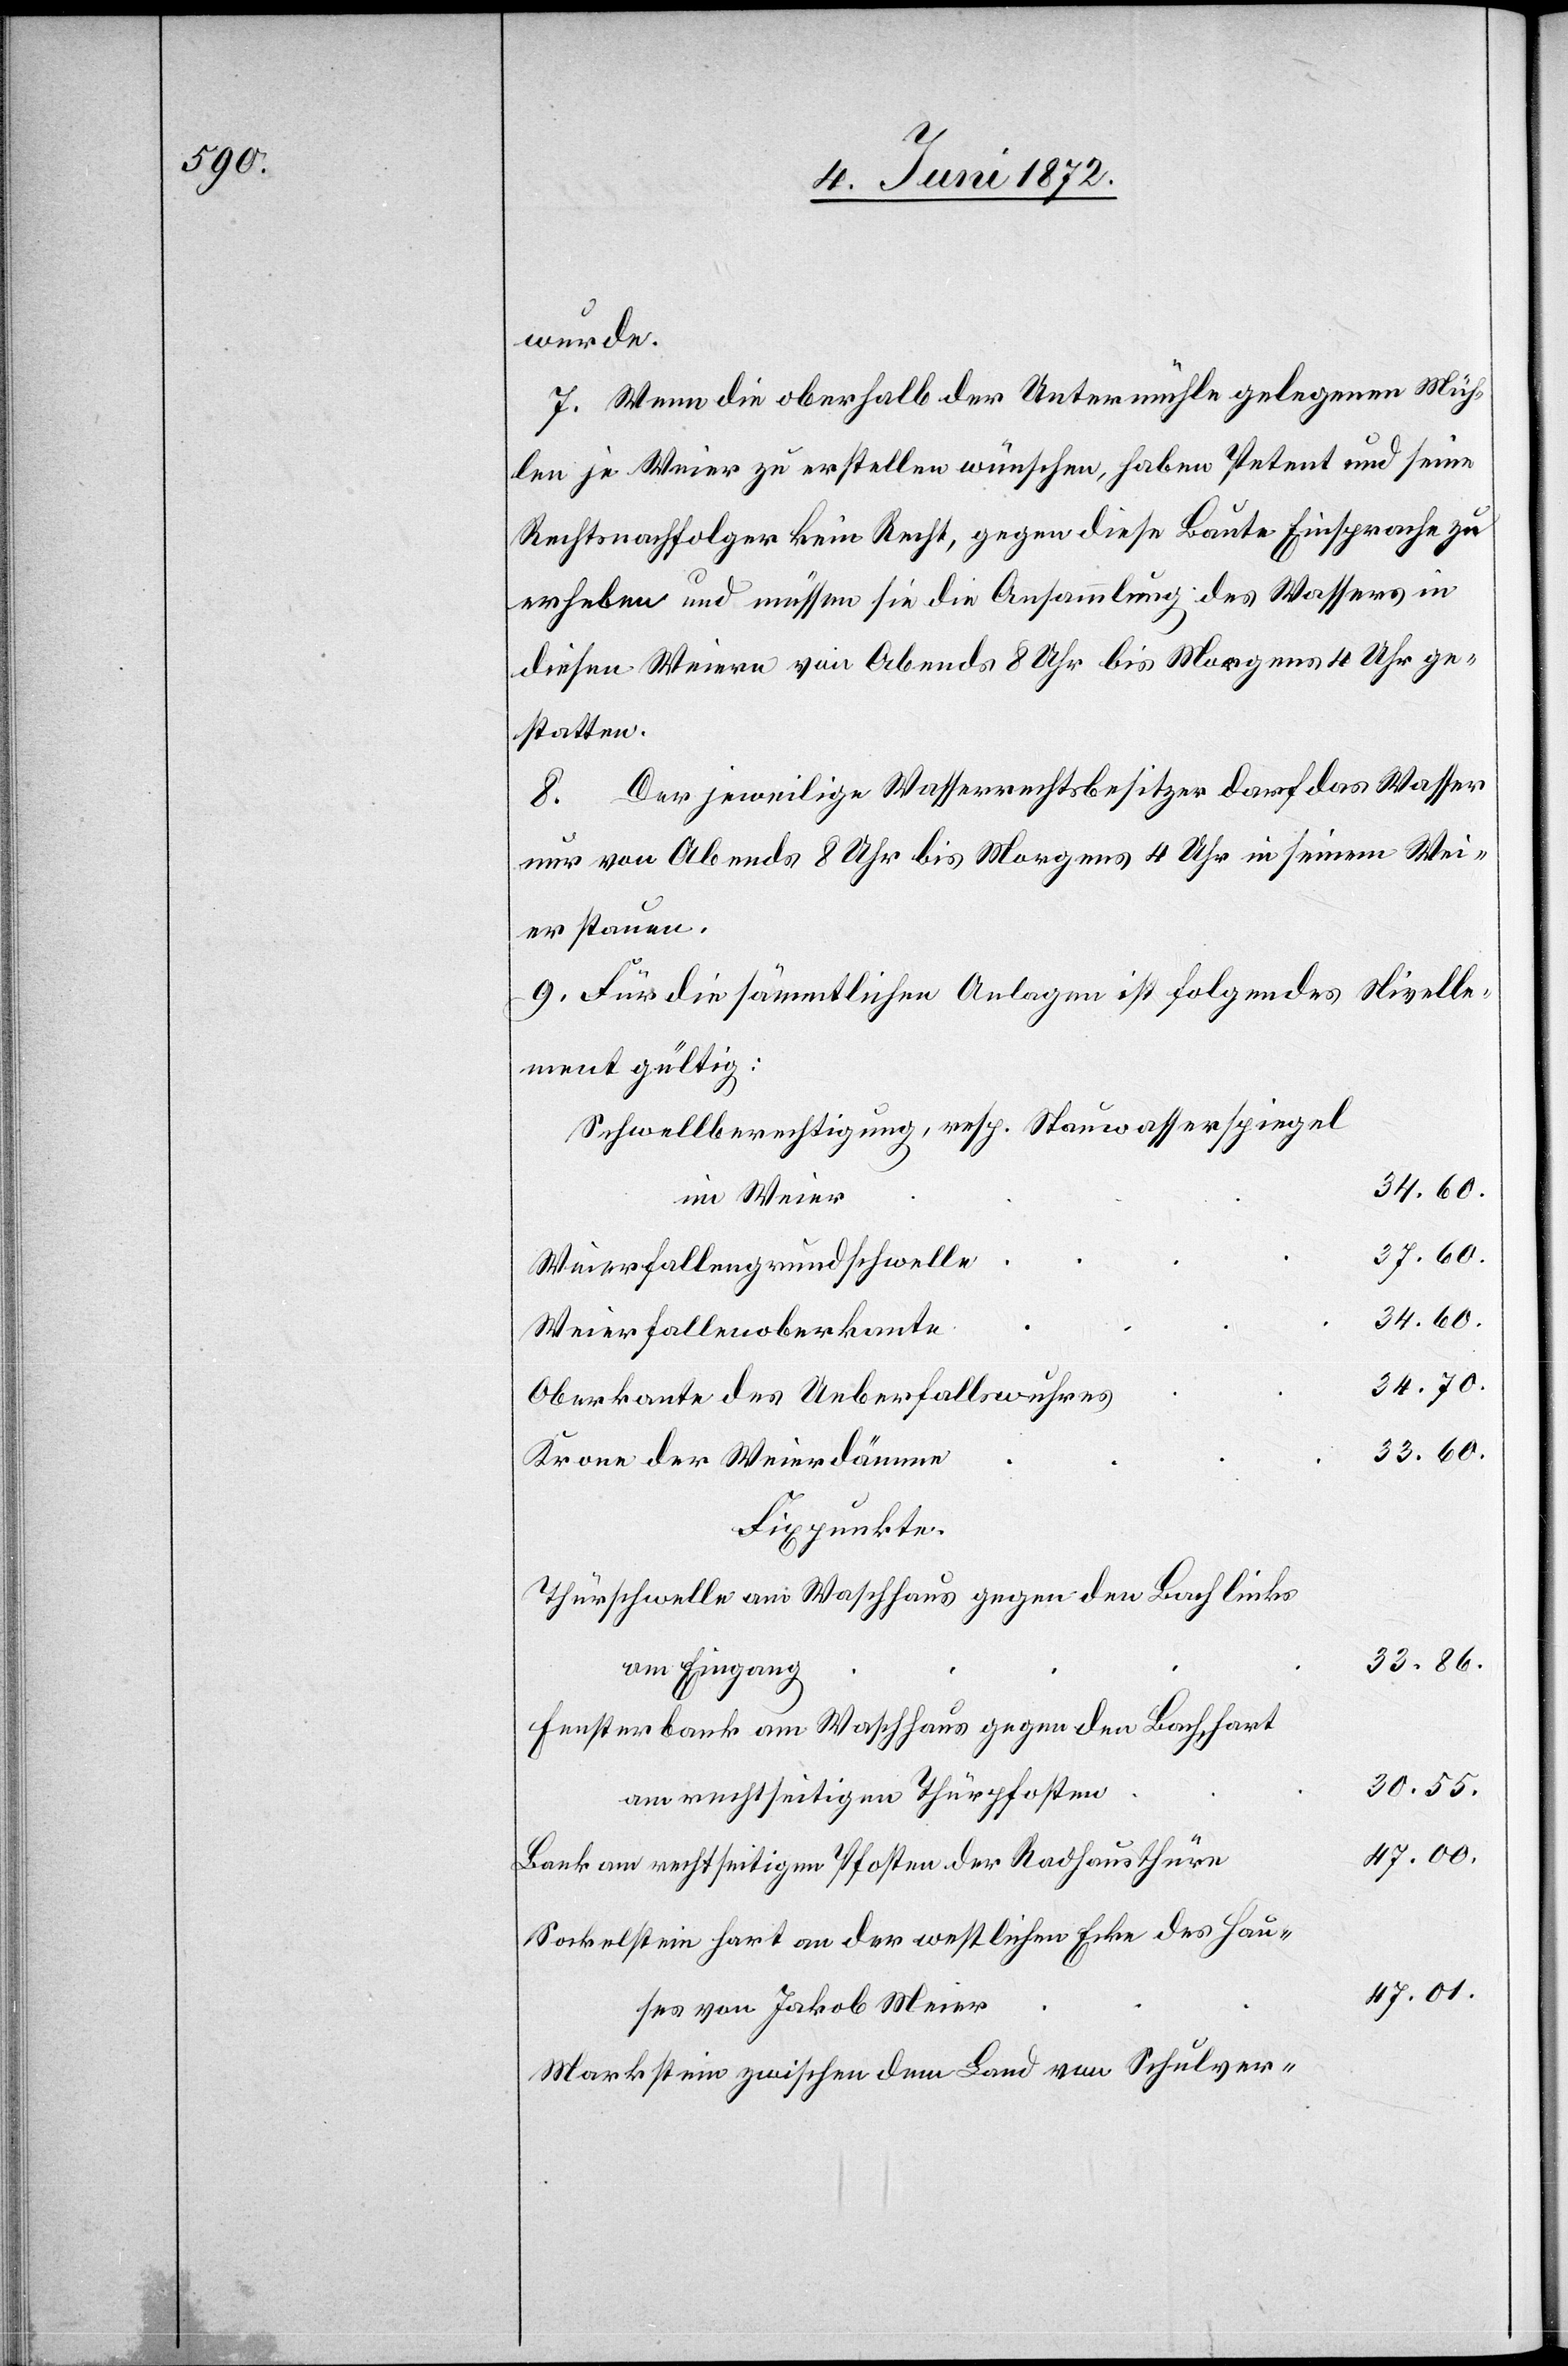
wurde.
7. Wenn die oberhalb der Untermühle gelegenen Müh¬
len je Weier zu erstellen wünschen, haben Petent und seine
Rechtsnachfolger kein Recht, gegen diese Baute Einsprache zu
erheben und müssen sie die Ansammlung des Wassers in
diesen Weiers von Abends 8 Uhr bis Morgens 4 Uhr ge¬
statten.
8. Der jeweilige Wasserrechtsbesitzer darf das Wasser
nur von Abends 8 Uhr bis Morgens 4 Uhr in seinem Wei¬
er stauen.
9. Für die sämmtlichen Anlagen ist folgendes Nivelle¬
ment gültig:
Schwellberechtigung, resp. Stauwasserspiegel
34.60.
im Weier
Weierfallengrundschwelle
37.60.
Weierfallenoberkante
34.70.
Oberkante des Ueberfallswuhres
33.60.
Krone der Weierdämme
Fixpunkte.
Thürschwelle am Waschhaus gegen den Bach links
33.86.
am Eingang
Fensterbank am Waschhaus gegen den Bach, hart
30.55.
am rechtseitigen Thürpfosten
47.00.
Bank am rechtseitigen Pfosten der Radhausthüre
Sockelstein hart an der westlichen Ecke des Hau¬
47.01.
ses von Jakob Meier
Markstein zwischen dem Land von Schulver-